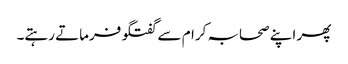
پھر اپنے صحابہ کرام سے گفتگو فرماتے رہتے۔